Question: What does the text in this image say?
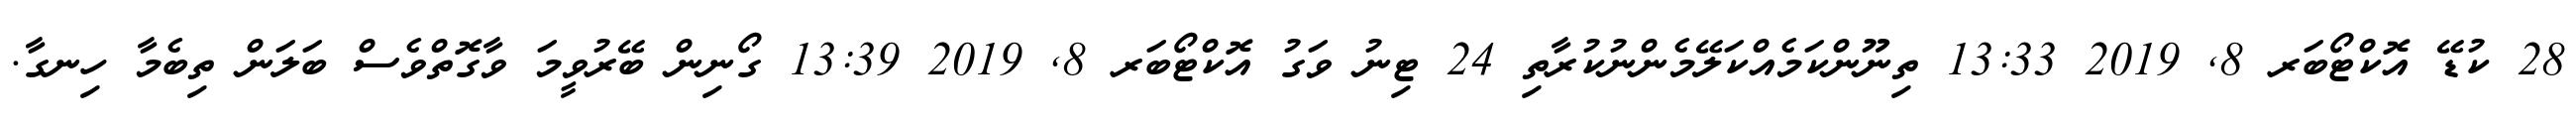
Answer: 28 ކުޑޭ އޮކްޓޯބަރ 8, 2019 13:33 ތިނޫންކަމެއްކަލޭމެންނުކުރާތި 24 ޓިނު ވަގު އޮކްޓޯބަރ 8, 2019 13:39 ގޯނިން ބޭރުވީމަ ވާގޮތްވެސް ބަލަން ތިބެމާ ހިނގާ.